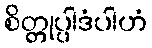
စိတ္တုပ္ပါဒံပါဟံ